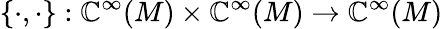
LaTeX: \{ \cdot,\cdot\} :\mathbb{C}^{\infty}(M)\times\mathbb{C}^{\infty}(M)\to\mathbb{C}^{\infty}(M)